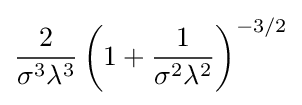
{\frac {2}{\sigma ^{3}\lambda ^{3}}}\left(1+{\frac {1}{\sigma ^{2}\lambda ^{2}}}\right)^{-3/2}